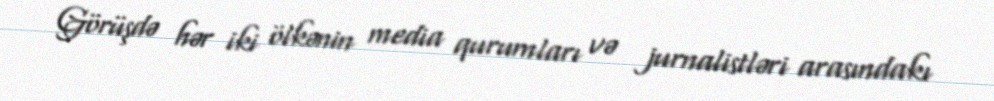
Görüşdə hər iki ölkənin media qurumları və jurnalistləri arasındakı